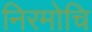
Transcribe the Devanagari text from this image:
निरमोचि